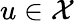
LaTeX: u\in\mathcal X